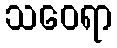
သဝေရာ